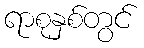
ရာစုနှစ်တွင်